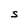
Character: s